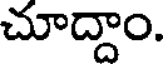
చూద్దాం.